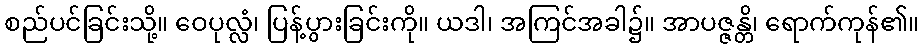
စည်ပင်ခြင်းသို့။ ဝေပုလ္လံ၊ ပြန့်ပွားခြင်းကို။ ယဒါ၊ အကြင်အခါ၌။ အာပဇ္ဇန္တိ၊ ရောက်ကုန်၏။